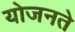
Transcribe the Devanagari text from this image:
योजनते